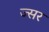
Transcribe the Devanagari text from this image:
ज्सर